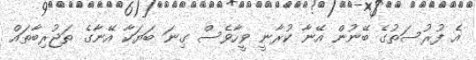
އެ ފުރުސަތުގެ ބޭނުން އޭނާ ކުރާނީ ވީހާވެސް ގިނަ ބަޔަކާ އޭނާގެ ތަޖުރިބާތައް